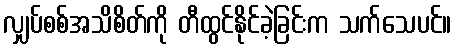
လျှပ်စစ်အသိစိတ်ကို တီထွင်နိုင်ခဲ့ခြင်းက သက်သေပင်။